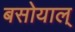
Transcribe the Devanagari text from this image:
बसोयाल्